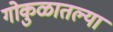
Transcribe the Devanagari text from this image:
गोकुळातल्या